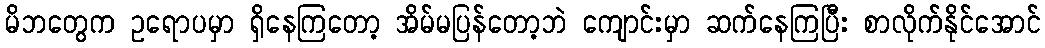
မိဘတွေက ဥရောပမှာ ရှိနေကြတော့ အိမ်မပြန်တော့ဘဲ ကျောင်းမှာ ဆက်နေကြပြီး စာလိုက်နိုင်အောင်